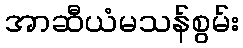
အာဆီယံမသန်စွမ်း